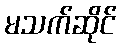
မသက်ဆိုင်